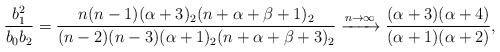
\begin{align*}\frac{b_1^2}{b_0b_2}=\frac{n(n-1)(\alpha+3)_2(n+\alpha+\beta+1)_2} {(n-2)(n-3)(\alpha+1)_2(n+\alpha+\beta+3)_2} \xrightarrow{n\to\infty}\frac{(\alpha+3)(\alpha+4)}{(\alpha+1)(\alpha+2)},\end{align*}